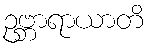
ဥဗ္ဘာရာယာတိ